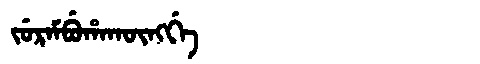
Manchu: ᠵᡠᡵᠠᠮᠪᡠᡥᠠᡴᡡᠩᡤᡝ
Romanization: JURAMBUHAKŪNGGE